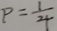
P = \frac { 1 } { 4 }